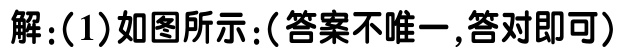
解：(1)如图所示：(答案不唯一,答对即可)